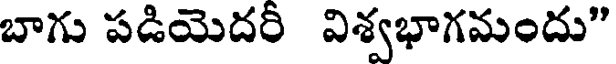
బాగు పడియెదరీ విశ్వభాగమందు"